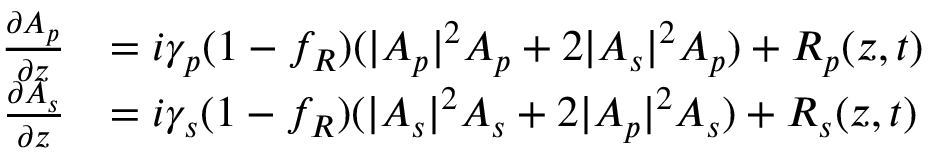
\begin{array} { r l } { \frac { \partial A _ { p } } { \partial z } } & { = i \gamma _ { p } ( 1 - f _ { R } ) ( | A _ { p } | ^ { 2 } A _ { p } + 2 | A _ { s } | ^ { 2 } A _ { p } ) + R _ { p } ( z , t ) } \\ { \frac { \partial A _ { s } } { \partial z } } & { = i \gamma _ { s } ( 1 - f _ { R } ) ( | A _ { s } | ^ { 2 } A _ { s } + 2 | A _ { p } | ^ { 2 } A _ { s } ) + R _ { s } ( z , t ) } \end{array}